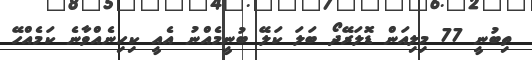
ތިބުނީ 77 މިލިއަން ޑޮލަރޭދޯ ބަލަ ކަލޭ ބުނީމެއްނު އެއީ ކިހިނެއްވާނެ ކަމެއްހޭ